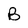
Character: B